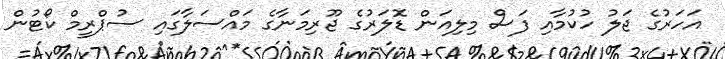
އަހަރުގެ ޖަލު ހުކުމާއި ފަސް މިލިއަން ޑޮލަރުގެ ޖޫރިމަނާގެ މައްސަލާގައި ސުޕްރީމް ކޯޓުން